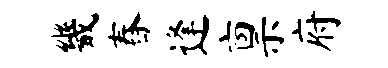
畿舂逢禀府